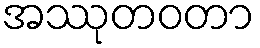
အဿုတဝတာ